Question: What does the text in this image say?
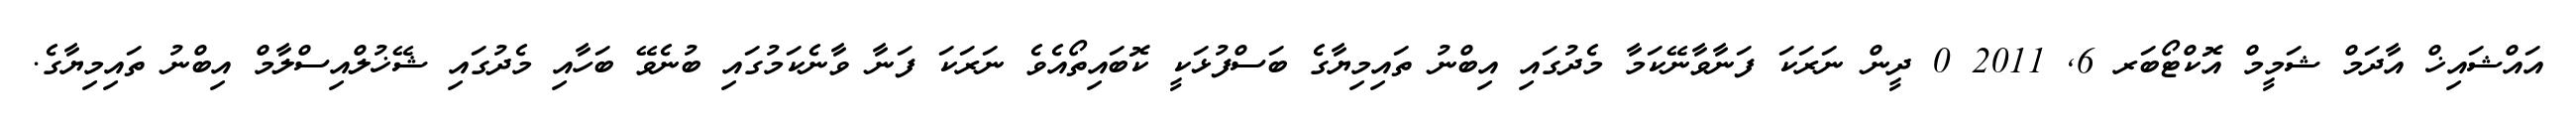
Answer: އައްޝައިޚް އާދަމް ޝަމީމް އޮކްޓޯބަރ 6, 2011 0 ދީން ނަރަކަ ފަނާވާނޭކަމާ މެދުގައި އިބްނު ތައިމިޔާގެ ބަސްފުޅަކީ ކޮބައިތޯއެވެ ނަރަކަ ފަނާ ވާނެކަމުގައި ބުނެވޭ ބަހާއި މެދުގައި ޝޭޚުލްއިސްލާމް އިބްނު ތައިމިޔާގެ.